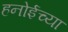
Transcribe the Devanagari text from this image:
हनोईच्या